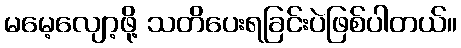
မမေ့လျော့ဖို့ သတိပေးရခြင်းပဲဖြစ်ပါတယ်။